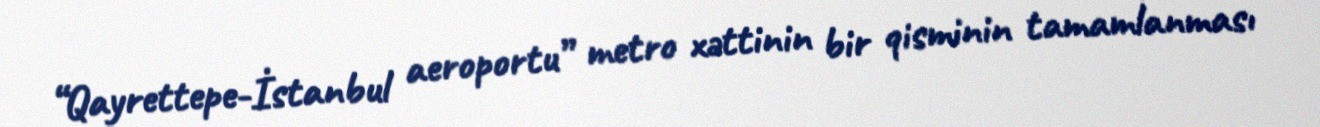
“Qayrettepe-İstanbul aeroportu” metro xəttinin bir qisminin tamamlanması